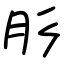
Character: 肜